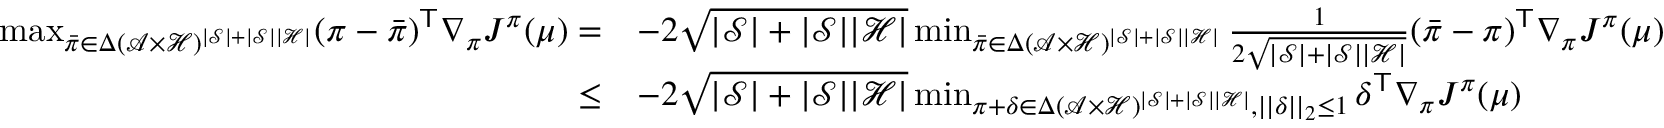
\begin{array} { r l } { \operatorname* { m a x } _ { \bar { \pi } \in { \Delta } ( \mathcal { A } \times \mathcal { H } ) ^ { | \mathcal { S } | + | \mathcal { S } | | \mathcal { H } | } } ( \pi - \bar { \pi } ) ^ { \mathsf T } \nabla _ { \pi } J ^ { \pi } ( \mu ) = } & { - 2 \sqrt { | \mathcal { S } | + | \mathcal { S } | | \mathcal { H } | } \operatorname* { m i n } _ { \bar { \pi } \in { \Delta } ( \mathcal { A } \times \mathcal { H } ) ^ { | \mathcal { S } | + | \mathcal { S } | | \mathcal { H } | } } \frac { 1 } { 2 \sqrt { | \mathcal { S } | + | \mathcal { S } | | \mathcal { H } | } } ( \bar { \pi } - \pi ) ^ { \mathsf T } \nabla _ { \pi } J ^ { \pi } ( \mu ) } \\ { \le } & { - 2 \sqrt { | \mathcal { S } | + | \mathcal { S } | | \mathcal { H } | } \operatorname* { m i n } _ { \pi + \delta \in { \Delta } ( \mathcal { A } \times \mathcal { H } ) ^ { | \mathcal { S } | + | \mathcal { S } | | \mathcal { H } | } , | | \delta | | _ { 2 } \le 1 } \delta ^ { \mathsf T } \nabla _ { \pi } J ^ { \pi } ( \mu ) } \end{array}